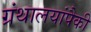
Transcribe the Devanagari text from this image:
ग्रंथालयांपैकी